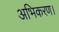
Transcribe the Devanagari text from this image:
अभिकरण।